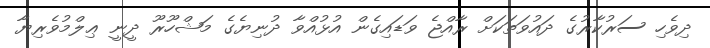
ދިވެހި ސަރުކާރުގެ ދައުވަތަކަށް ރާއްޖެ ވަޑައިގެން އުޅުއްވާ ދުނިޔެގެ މަޝްހޫރޫ ދީނީ ޢިލްމުވެރިޔާ